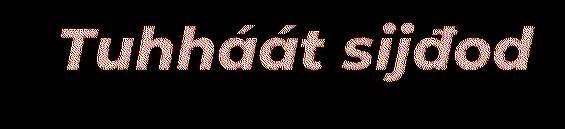
Tuhháát sijđod